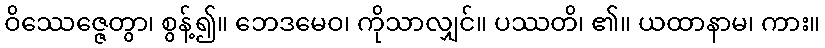
ဝိဿေဇ္ဇေတွာ၊ စွန့်၍။ ဘေဒမေဝ၊ ကိုသာလျှင်။ ပဿတိ၊ ၏။ ယထာနာမ၊ ကား။